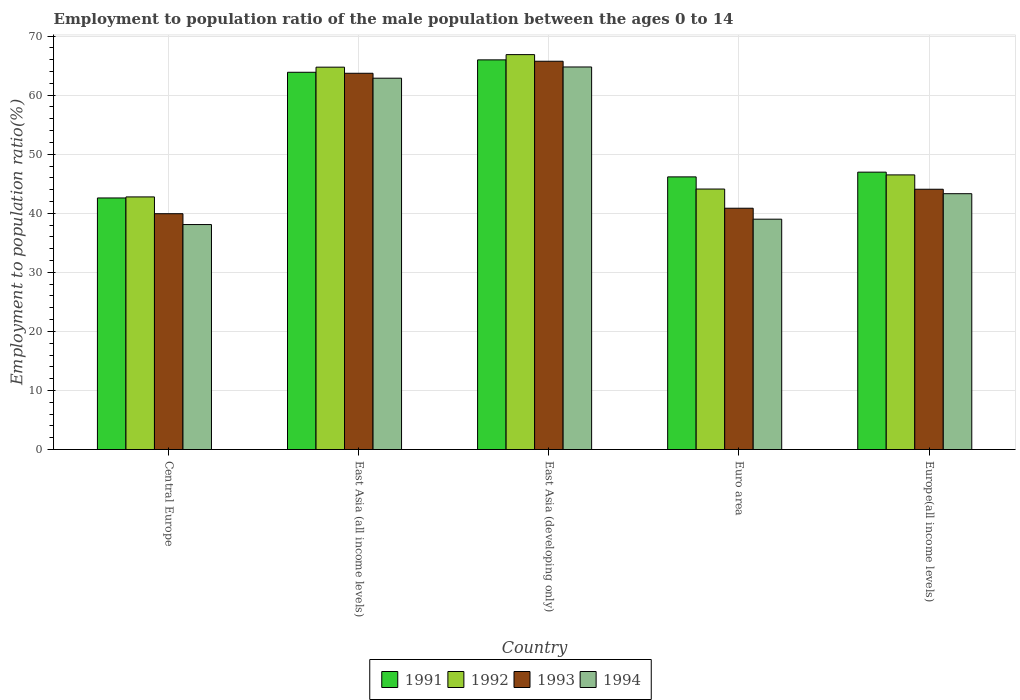
| Country | 1991 | 1992 | 1993 | 1994 |
 | --- | --- | --- | --- | --- |
 | Central Europe | 42.6 | 42.8 | 39.9 | 38.1 |
 | East Asia (all income levels) | 63.9 | 64.7 | 63.7 | 62.9 |
 | East Asia (developing only) | 66 | 66.9 | 65.7 | 64.8 |
 | Euro area | 46.2 | 44.1 | 40.9 | 39 |
 | Europe(all income levels) | 47 | 46.5 | 44.1 | 43.3 |